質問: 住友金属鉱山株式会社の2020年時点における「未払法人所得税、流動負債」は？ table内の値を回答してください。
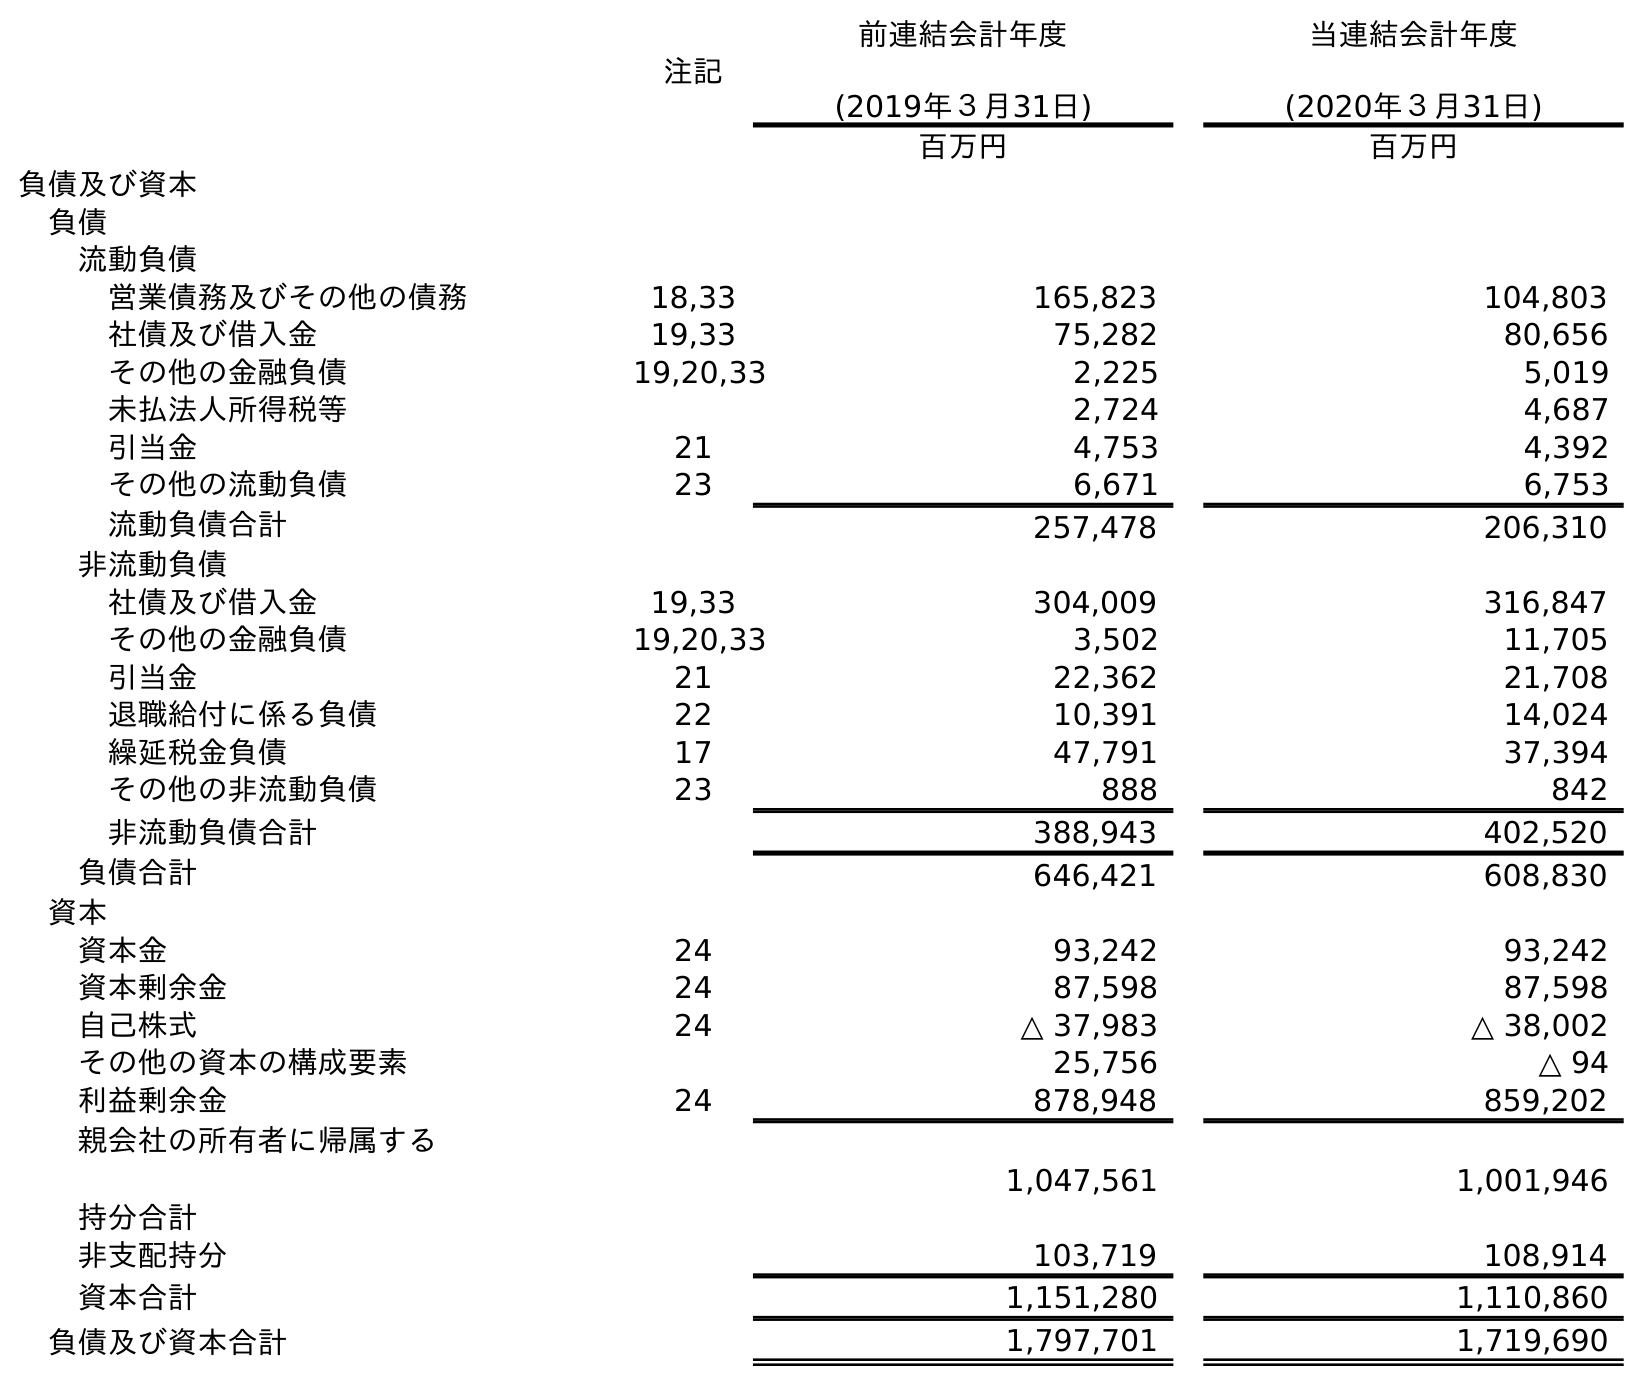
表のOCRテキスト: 注記 前連結会計年度 (2019年３月31日) 当連結会計年度 (2020年３月31日) 百万円 百万円 負債及び資本 負債 流動負債 営業債務及びその他の債務 18,33 165,823 104,803 社債及び借入金 19,33 75,282 80,656 その他の金融負債 19,20,33 2,225 5,019 未払法人所得税等 2,724 4,687 引当金 21 4,753 4,392 その他の流動負債 23 6,671 6,753 流動負債合計 257,478 206,310 非流動負債 社債及び借入金 19,33 304,009 316,847 その他の金融負債 19,20,33 3,502 11,705 引当金 21 22,362 21,708 退職給付に係る負債 22 10,391 14,024 繰延税金負債 17 47,791 37,394 その他の非流動負債 23 888 842 非流動負債合計 388,943 402,520 負債合計 646,421 608,830 資本 資本金 24 93,242 93,242 資本剰余金 24 87,598 87,598 自己株式 24 △ 37,983 △ 38,002 その他の資本の構成要素 25,756 △ 94 利益剰余金 24 878,948 859,202 親会社の所有者に帰属する 持分合計 1,047,561 1,001,946 非支配持分 103,719 108,914 資本合計 1,151,280 1,110,860 負債及び資本合計 1,797,701 1,719,690
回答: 4,687